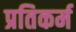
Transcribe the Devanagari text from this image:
प्रतिकर्म